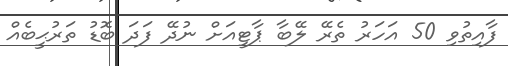
ފާއިތުވި 50 އަހަރު ތެރޭ ލޭބާ ޕާޓީއަށް ނުދޭ ފަދަ ބޮޑު ތަރުޙީބެއް